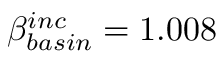
\beta _ { b a s i n } ^ { i n c } = 1 . 0 0 8